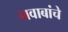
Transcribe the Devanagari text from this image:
नवाबांचे